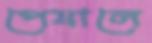
পেষালে